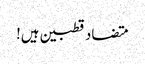
متضاد قطبین ہیں!